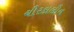
ચીરકાલીન